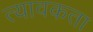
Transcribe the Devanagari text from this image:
त्यावकता